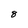
Character: 8